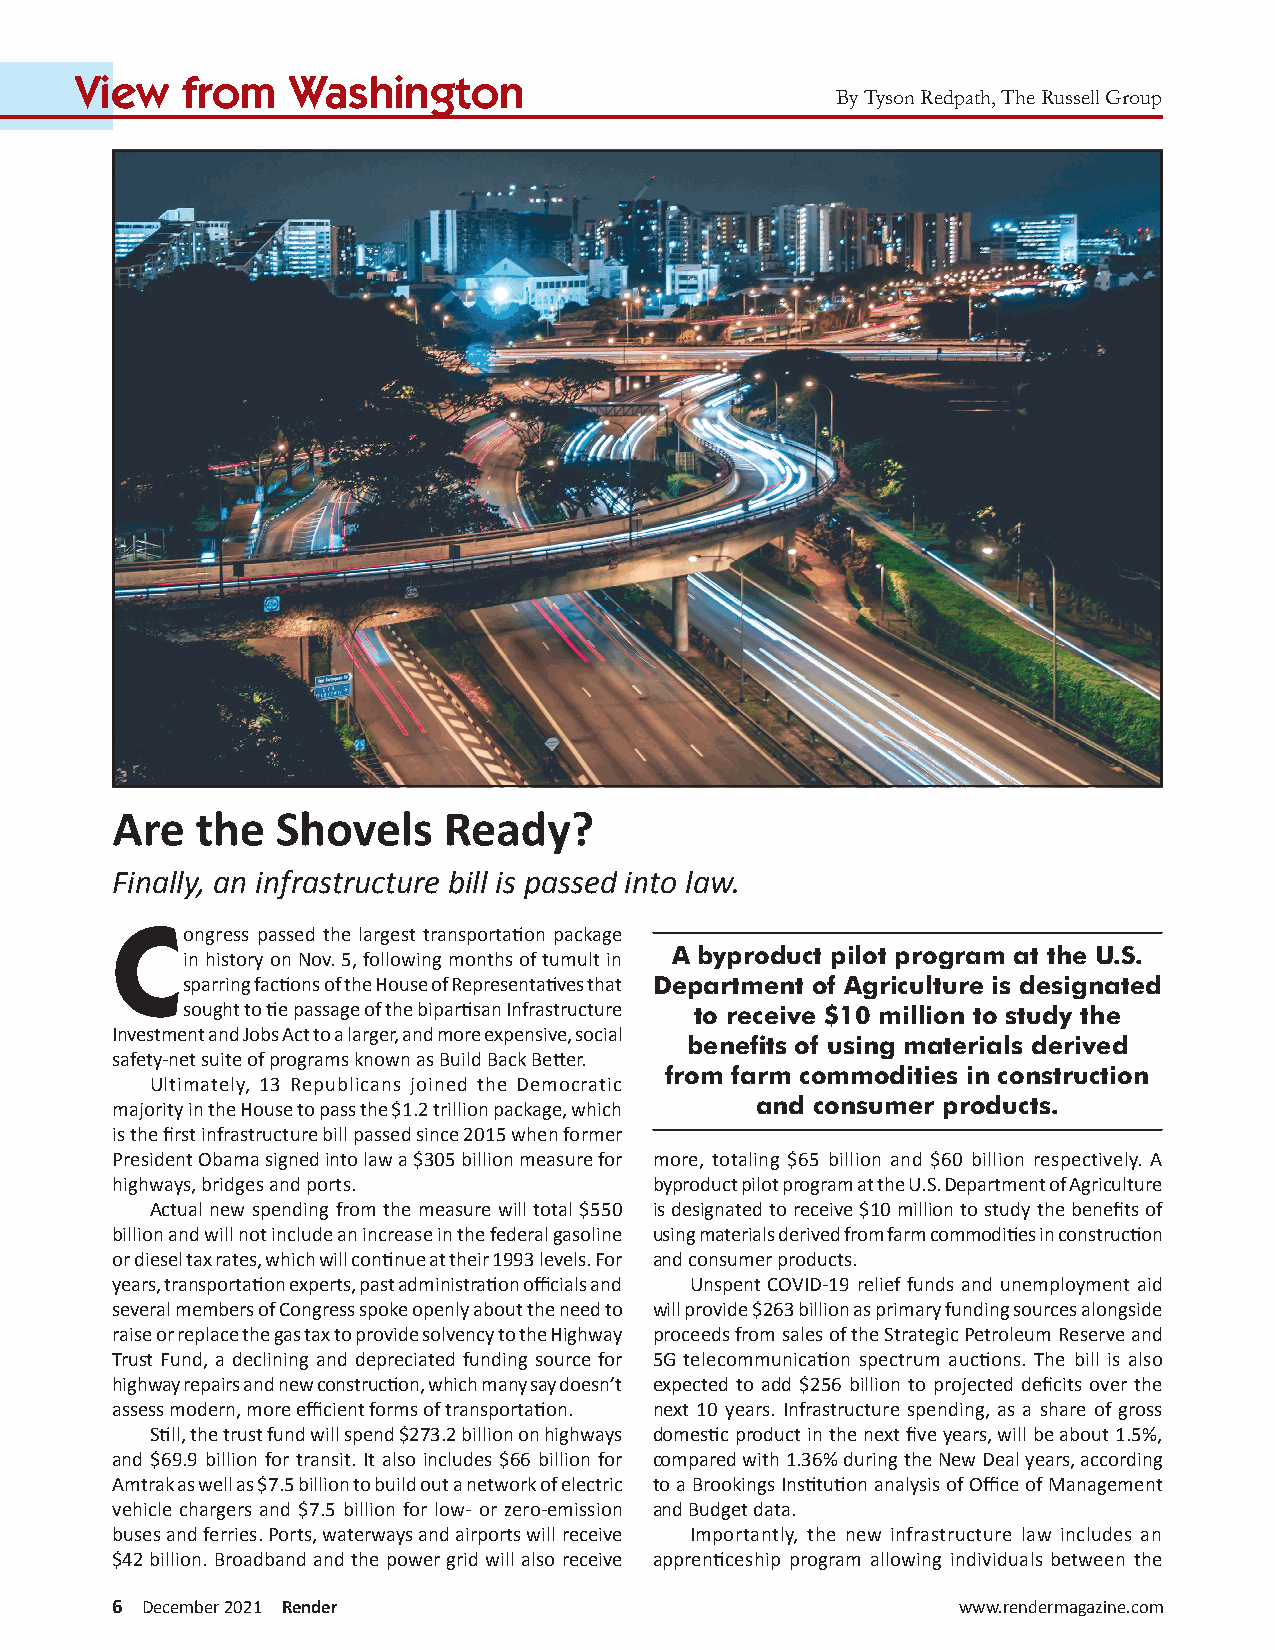
View   from   Washington
 By Tyson Redpath, The Russell Group
 Are  the  Shovels     Ready?
 Finally, an infrastructure bill is passed into law.
 C
 ongress passed the largest transportation package
 A byproduct pilot program at the U.S.
 in history on Nov. 5, following months of tumult in
 sparring factions of the House of Representatives that Department of Agriculture is designated
 sought to tie passage of the bipartisan Infrastructure to receive $10 million to study the
 Investment and Jobs Act to a larger, and more expensive, social
 benefits of using materials derived
 safety-net suite of programs known as Build Back Better.
 from farm commodities in construction
 Ultimately, 13 Republicans joined the Democratic
 and consumer products.
 majority in the House to pass the $1.2 trillion package, which
 is the first infrastructure bill passed since 2015 when former
 President Obama signed into law a $305 billion measure for more, totaling $65 billion and $60 billion respectively. A
 highways, bridges and ports.       byproduct pilot program at the U.S. Department of Agriculture
 Actual new spending from the measure will total $550 is designated to receive $10 million to study the benefits of
 billion and will not include an increase in the federal gasoline using materials derived from farm commodities in construction
 or diesel tax rates, which will continue at their 1993 levels. For and consumer products.
 years, transportation experts, past administration officials and Unspent COVID-19 relief funds and unemployment aid
 several members of Congress spoke openly about the need to will provide $263 billion as primary funding sources alongside
 raise or replace the gas tax to provide solvency to the Highway proceeds from sales of the Strategic Petroleum Reserve and
 Trust Fund, a declining and depreciated funding source for 5G telecommunication spectrum auctions. The bill is also
 highway repairs and new construction, which many say doesn’t expected to add $256 billion to projected deficits over the
 assess modern, more efficient forms of transportation. next 10 years. Infrastructure spending, as a share of gross
 Still, the trust fund will spend $273.2 billion on highways domestic product in the next five years, will be about 1.5%,
 and $69.9 billion for transit. It also includes $66 billion for compared with 1.36% during the New Deal years, according
 Amtrak as well as $7.5 billion to build out a network of electric to a Brookings Institution analysis of Office of Management
 vehicle chargers and $7.5 billion for low- or zero-emission and Budget data.
 buses and ferries. Ports, waterways and airports will receive Importantly, the new infrastructure law includes an
 $42 billion. Broadband and the power grid will also receive apprenticeship program allowing individuals between the
 6 December 2021 Render                                  www.rendermagazine.com